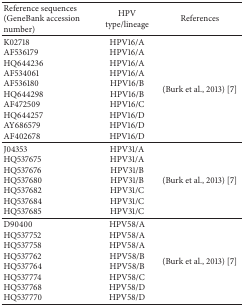
<table><thead><tr><td><b>Reference sequences (GeneBank accession number)</b></td><td><b>HPV type/lineage</b></td><td><b>References</b></td></tr></thead><tbody><tr><td>K02718 AF536179HQ644236AF534061AF536180HQ644298AF472509HQ644257AY686579AF402678</td><td>HPV16/AHPV16/AHPV16/AHPV16/AHPV16/BHPV16/BHPV16/CHPV16/DHPV16/DHPV16/D</td><td>(Burk et al., 2013) [7]</td></tr><tr><td>J04353HQ537675HQ537676HQ537680HQ537682HQ537684HQ537685</td><td>HPV31/AHPV31/AHPV31/BHPV31/BHPV31/CHPV31/CHPV31/C</td><td>(Burk et al., 2013) [7]</td></tr><tr><td>D90400HQ537752HQ537758HQ537762HQ537764HQ537774HQ537768HQ537770</td><td>HPV58/AHPV58/AHPV58/AHPV58/BHPV58/BHPV58/CHPV58/DHPV58/D</td><td>(Burk et al., 2013) [7]</td></tr></tbody></table>